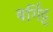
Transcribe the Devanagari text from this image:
बर्गिट्ट